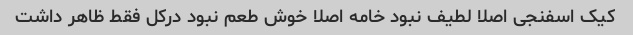
کیک اسفنجی اصلا لطیف نبود خامه اصلا خوش طعم نبود درکل فقط ظاهر داشت